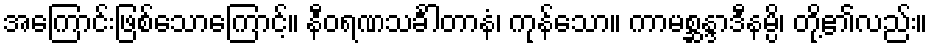
အကြောင်းဖြစ်သောကြောင့်။ နီဝရဏသင်္ခါတာနံ၊ ကုန်သော။ ကာမစ္ဆန္ဒာဒီနမ္ပိ၊ တို့၏လည်း။